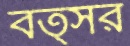
বত্সর